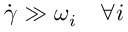
\dot { \gamma } \gg \omega _ { i } \quad \forall i